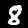
Label: 8